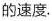
的速度.